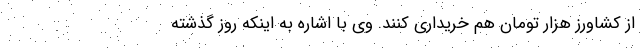
از کشاورز هزار تومان هم خریداری کنند. وی با اشاره به اینکه روز گذشته